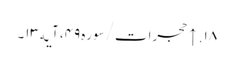
۱۸. ↑ حجرات/سوره۴۹، آیه۱۳۔